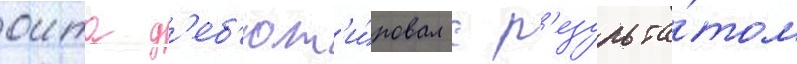
оита д'еб'ют'и́ровал с р'езульта́том